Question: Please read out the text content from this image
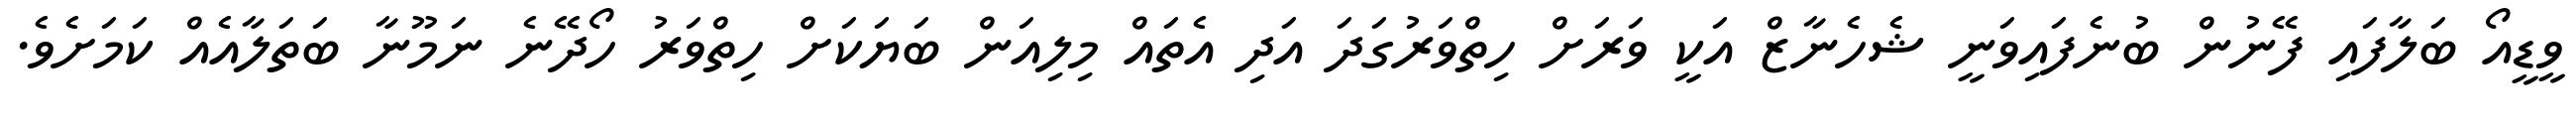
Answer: ވީޑީއޯ ބަލާފައި ފޭނުން ބުނެފައިވަނީ ޝެހެނާޒް އަކީ ވަރަށް ހިތްވަރުގަދަ އަދި އެތައް މިލިއަން ބަޔަކަށް ހިތްވަރު ހޯދޭނެ ނަމޫނާ ބަތަލާއެއް ކަމަށެވެ.